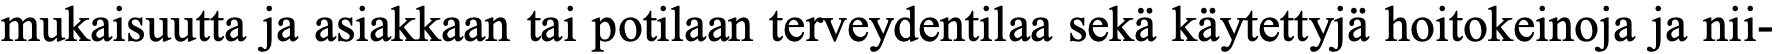
mukaisuutta ja asiakkaan tai potilaan terveydentilaa sekä käytettyjä hoitokeinoja ja nii-